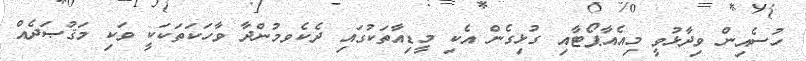
ހުސެއިން ވިދާޅުވީ މިއެއާޕޯޓާއި ގުޅިގެން އެކި މީޑިއާތަކުގައި ދެކެވމުންދާ ވާހަކަތަކަކީ ވަކި މަޤުޞަދެއް